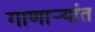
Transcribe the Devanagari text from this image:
गाणार्‍यांत